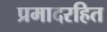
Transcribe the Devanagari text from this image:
प्रमादरहित